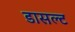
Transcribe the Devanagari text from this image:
डासल्ट